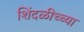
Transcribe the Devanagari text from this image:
शिंदळीच्च्या